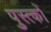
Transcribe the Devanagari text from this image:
पुस्त्कों